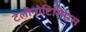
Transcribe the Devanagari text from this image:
टेलीनोटिसिएस